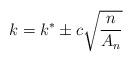
LaTeX: \begin{align*} k=k^{*} \pm c \sqrt{\frac{n}{A_n}}\end{align*}